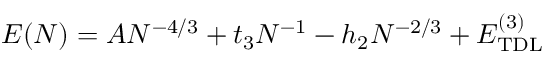
E ( N ) = A N ^ { - 4 / 3 } + t _ { 3 } N ^ { - 1 } - h _ { 2 } N ^ { - 2 / 3 } + E _ { \mathrm { T D L } } ^ { \mathrm { ( 3 ) } }